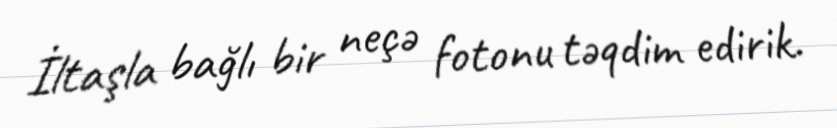
İltaşla bağlı bir neçə fotonu təqdim edirik.